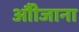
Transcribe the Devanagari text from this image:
औीजाना